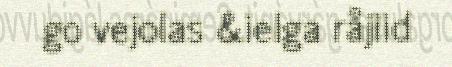
go vejolas &ielga råjiid